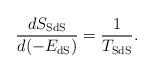
LaTeX: \begin{align*}\frac{dS_{\rm SdS}}{d(-E_{\rm dS})}=\frac{1}{T_{\rm SdS}}.\end{align*}